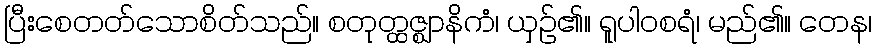
ပြီးစေတတ်သောစိတ်သည်။ စတုတ္ထဇ္ဈာနိကံ၊ ယှဉ်၏။ ရူပါဝစရံ၊ မည်၏။ တေန၊